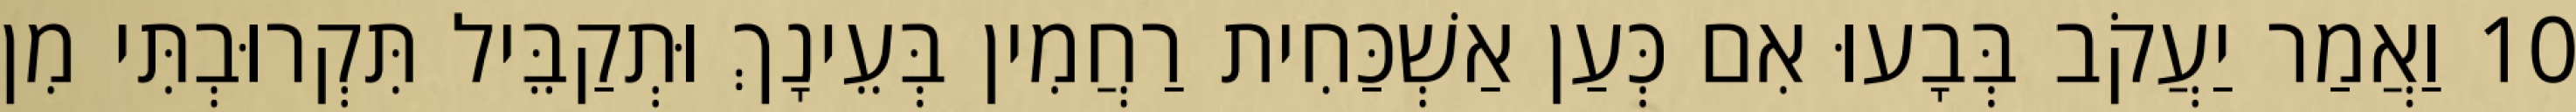
10 וַאֲמַר יַעֲקֹב בְּבָעוּ אִם כְּעַן אַשְׁכַּחִית רַחֲמִין בְּעֵינָךְ וּתְקַבֵּיל תִּקְרוּבְתִּי מִן